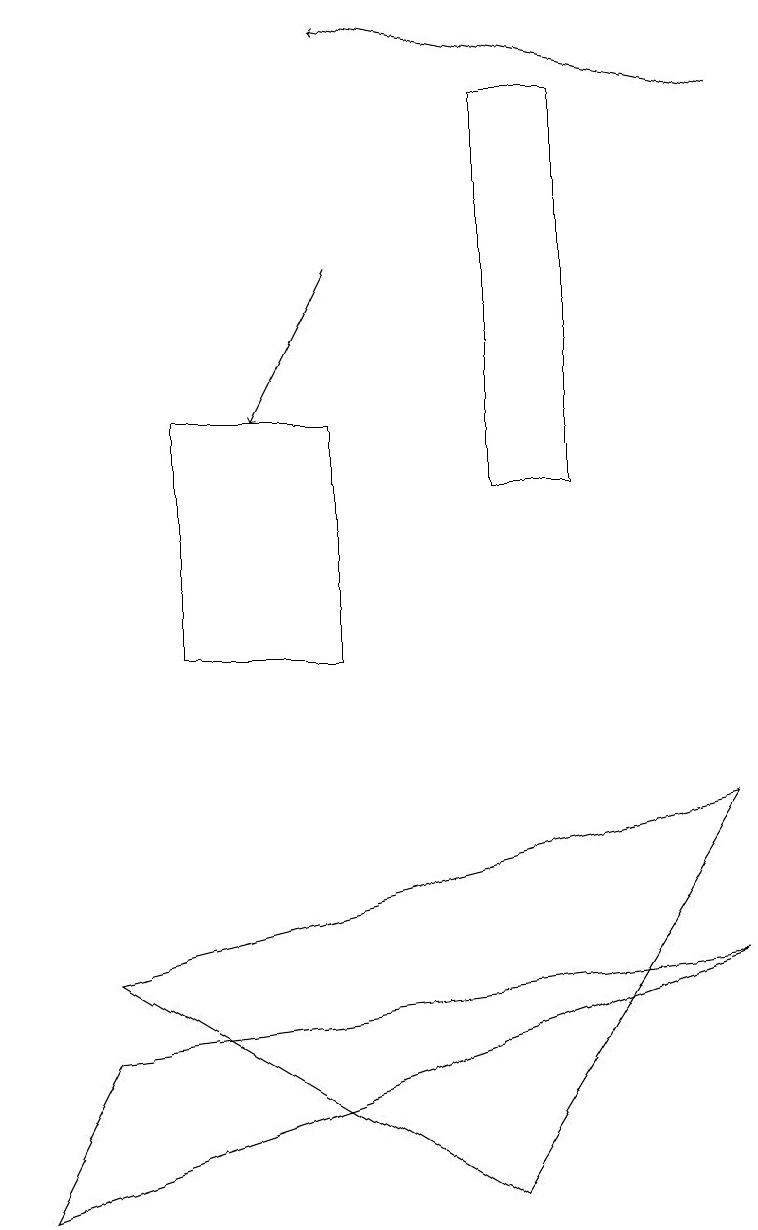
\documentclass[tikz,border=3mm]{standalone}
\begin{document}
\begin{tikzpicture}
\draw (6,4) -- (1,7) -- (9,9) -- cycle;
\draw (4,14) rectangle (2,11);
\draw (7,18) rectangle (6,13);
\draw[->] (4,16) -- (3,14);
\draw (9,7) -- (1,6) -- (0,4) -- cycle;
\draw[->] (9,18) -- (4,19);
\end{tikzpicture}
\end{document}